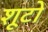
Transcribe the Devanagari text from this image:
शूटों